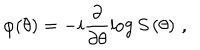
LaTeX: \varphi ( \theta ) = - i \frac { \partial } { \partial \theta } \log S \left( \theta \right) \, ,